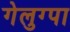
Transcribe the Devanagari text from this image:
गेलुग्पा